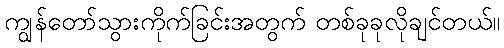
ကျွန်တော်သွားကိုက်ခြင်းအတွက် တစ်ခုခုလိုချင်တယ်။